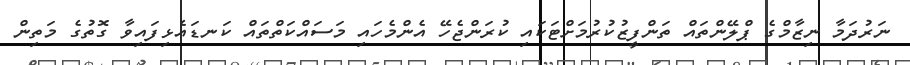
ނަރުދަމާ ނިޒާމްގެ ޕްލޭންތައް ތަންފީޒުކުރުމަށްޓަކައި ކުރަންޖެހޭ އެންމެހައި މަސައްކަތްތައް ކަނޑައެޅިފައިވާ ގޮތުގެ މަތިން